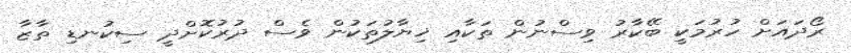
ރޯދައަށް ހުރުމަކީ ބޭކާރު ވިސްނުން ތަކާއި ޚިޔާލުތަކުން ވެސް ދުރުކޮށްދީ ސިކުނޑި ތާޒާ